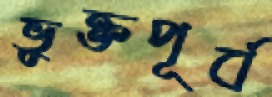
ভুক্তপূর্ব